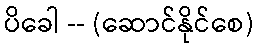
ပိခေါ -- (ဆောင်နိုင်စေ)